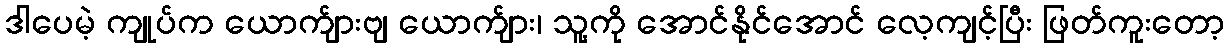
ဒါပေမဲ့ ကျုပ်က ယောက်ျားဗျ ယောက်ျား၊ သူ့ကို အောင်နိုင်အောင် လေ့ကျင့်ပြီး ဖြတ်ကူးတော့